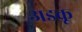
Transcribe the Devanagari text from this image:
अडकू